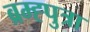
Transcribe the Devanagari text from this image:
ब्रम्ह्पुत्रा